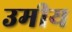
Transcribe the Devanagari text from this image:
उमीय